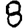
Digit: 8